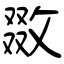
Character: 敪